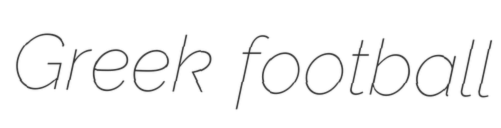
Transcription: Greek football